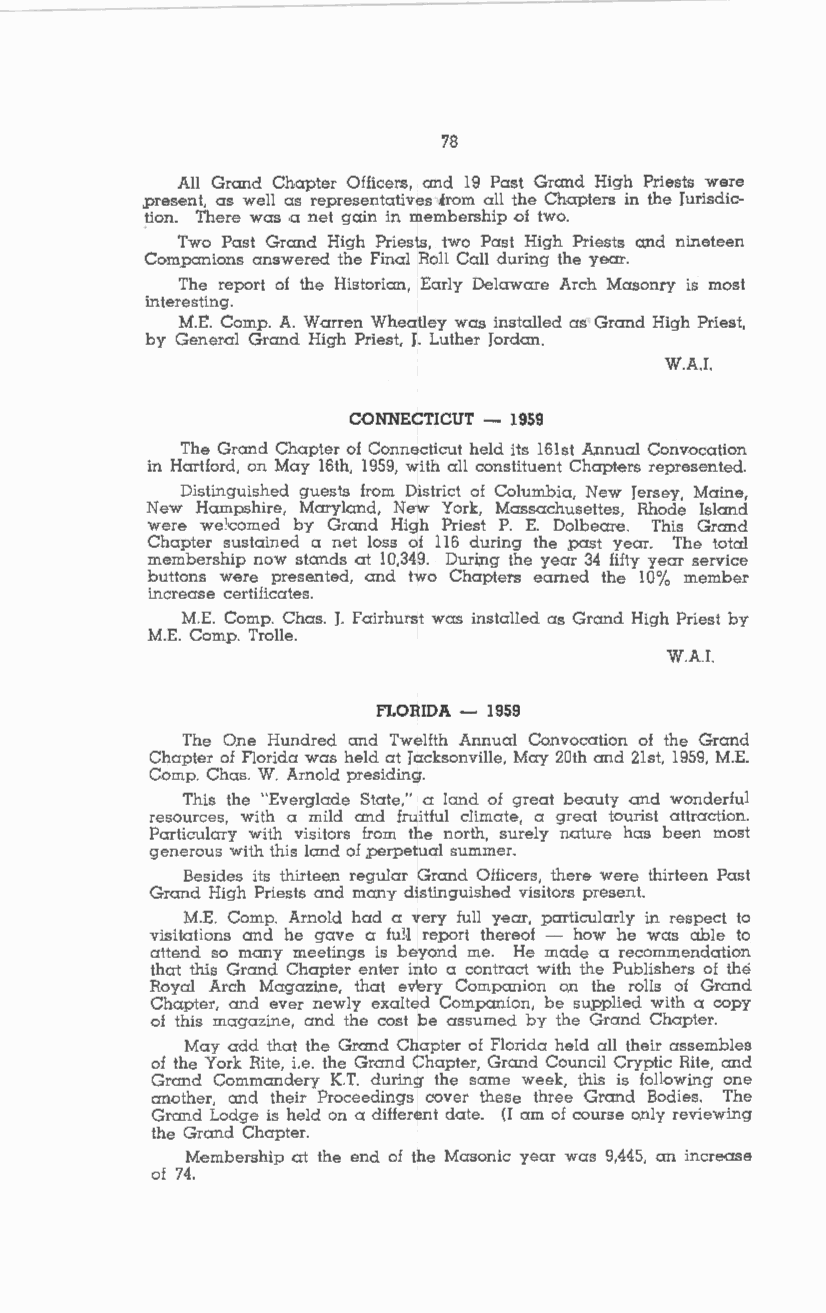
78
 All Grand Chapter Officers, and 19 Past Grand High Priests were
 ,present, as well as representatives from all the Chapters in the Jurisdic
 )ion. There was a net gain in membership of two.
 Two Past Grand High Priests, two Past High Priests and nineteen
 Companions answered the Final Roll Call during the year.
 The report of the Historian, Early Delaware Arch Masonry is most
 interesting.
 M.E. Comp. A. Warren Wheatley was installed as Grand High Priest,
 by Gener.al Grand High Priest, J. Luther Jordan.
 W.A.I.
 CONNECTICUT - 1959
 The Grand Chapter of Connecticut held its 16lst Annual Convocation
 in Hartford, on May 16th, 1959, with all constituent Chapters represented.
 Distinguished guests from District of Columbia, New Jersey, Maine,
 New Hampshire, Maryland, New York, Massachusettes, Rhode Island
 were we1•comed by Grand High Priest P. E. Dolbeare. This Grand
 Chapter sustained a net loss of 116 during the past year. The total
 membership now stands at 10,349. Duri,ng the year 34 fifty year service
 buttons were presented, .and two Chapters earned the 10% member
 increase certificates.
 M.E. Comp. Chas. J. Fairhurst was installed as Grand High Priest by
 M.E. Comp. Trolle.
 W.A.I.
 FLORIDA - 1959
 The One Hundred and Twelfth Annual Convocation of the Grand
 Chapter of Florida was held al Jacksonville, May 20th and 21st, 1959, M.E.
 Comp. Chas. W. Arnold presiding.
 This the "Everglade State," a land of great beauty and wonderful
 resources, with a mild and fruitful climate, a great tourist attraction.
 Particulary with visitors from the north, surely nature has been most
 generous with this land of perpetual summer.
 Besides its thirteen regular Grand Officers, there were thirteen Past
 Grand High Priests and many distinguished visitors present.
 M.E. Comp. Arnold had a very full year, particularly in respect to
 visitations and he gave a ful<l report thereof - how he was able to
 attend so many meetings is beyond me. He made a recommendation
 that this Grand Chapter enter into a contract with the Publishers of the
 Royal Arch Magazine, that ev'ery Companion on the rolls of Grand
 Chapter, and ever newly exalted Companion, be supplied with a copy
 of this magazine, and the cost be assumed by the Grand Chapter.
 May add that the Grand Chapter of Florida held all their assembles
 of the York Rite, i.e. the Grand Chapter, Grand Council Cryptic Rite, and
 Grand Commandery K.T. during the same week, this is following one
 another, and their Proceedings cover these three Grand Bodies. The
 Grand Lodge is held on a different date. (I am of course only reviewing
 the Grand Chapter.
 Membership al the end of the Masonic year was 9,445, an increase
 of 74.